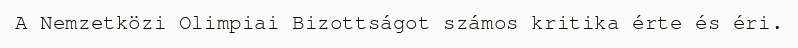
A Nemzetközi Olimpiai Bizottságot számos kritika érte és éri.